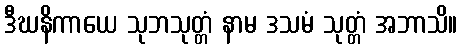
ဒီဃနိကာယေ သုဘသုတ္တံ နာမ ဒသမံ သုတ္တံ အဘာသိ။